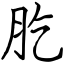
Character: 肐